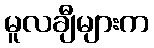
မူလချီများက